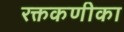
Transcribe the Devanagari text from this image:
रक्तकणीका